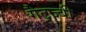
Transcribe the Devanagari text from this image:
गैट्ज्बी